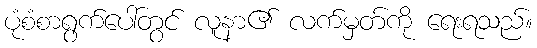
ပုံစံစာရွက်ပေါ်တွင် လူနာ၏ လက်မှတ်ကို ရေးရသည်။